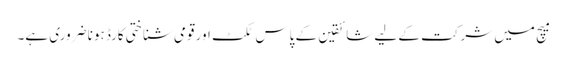
میچ میں شرکت کے لیے شائقین کے پاس ٹکٹ اور قومی شناختی کارڈ ہونا ضروری ہے۔